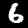
Label: 6